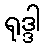
ရုဒ္ဒါ